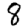
Digit: 8